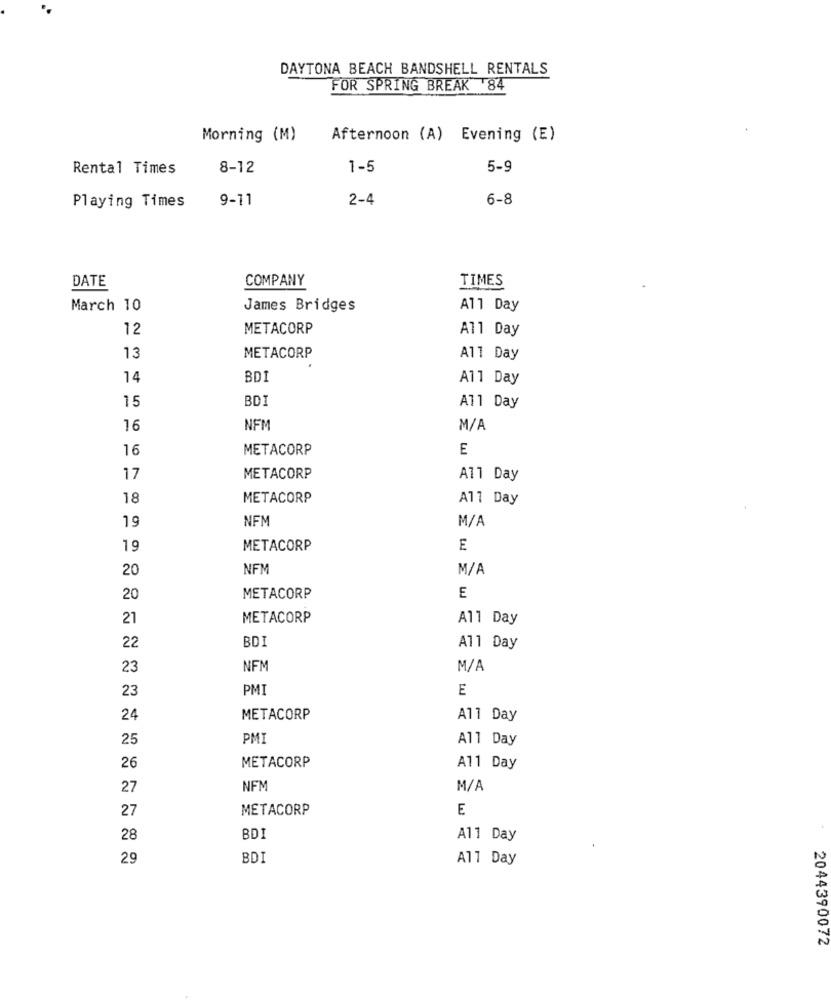
DAYTONA BEACH BANDSHELL RENTALS
FOR SPRING BREAK 84
Morning (M)
Afternoon (A) Evening (E)
Rental Times
8-12
1-5
5-9
9-11
2-4
6-8
Playing Times
DATE
COMPANY
TIMES
March 10
James Bridges
All Day
12
METACORP
All Day
13
METACORP
All Day
14
BDI
All Day
15
BDI
All Day
16
NFM
M/A
16
METACORP
E
17
METACORP
All Day
18
METACORP
All Day
NFM
M/A
19
19
METACORP
E
20
NEM
M/A
20
METACORP
E
21
METACORP
All Day
BD
22
All Day
23
NFM
M/A
23
PMI
E
24
METACORP
All Day
25
PMI
All Day
26
METACORP
A11 Day
27
NF
M/A
27
METACORP
E
28
BDI
A11 Day
29
BDI
All Day
2044390072